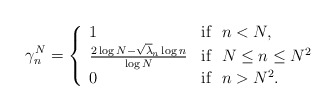
\begin{align*}\gamma^{N}_{n} &= \left\{\begin{array}{lll} 1 & \mbox{if~~} n<N,\\ \frac {2\log N-\sqrt\lambda_{n}\log n}{\log N} & \mbox{if~~} N\leq n\leq N^{2}\\ 0 & \mbox{if~~} n>N^{2}.\end{array}\right.\end{align*}